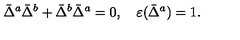
\bar { \Delta } ^ { a } \bar { \Delta } ^ { b } + \bar { \Delta } ^ { b } \bar { \Delta } ^ { a } = 0 , \quad \varepsilon ( \bar { \Delta } ^ { a } ) = 1 .